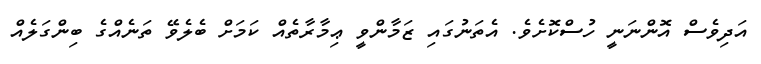
އަދިވެސް އޮންނަނީ ހުސްކޮށެވެ. އެތަނުގައި ޒަމާންވީ ޢިމާރާތެއް ކަމަށް ބެލެވޭ ތަނެއްގެ ބިންގަލެއް